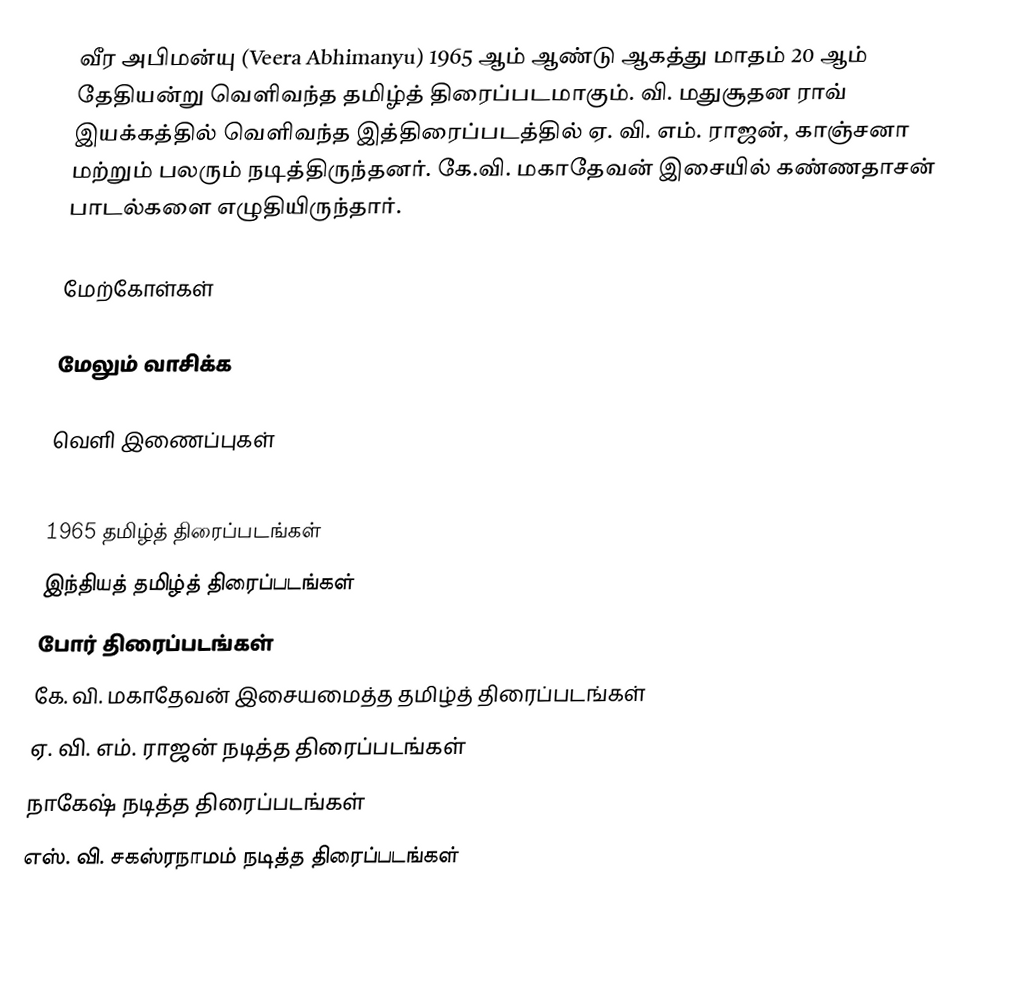
வீர அபிமன்யு (Veera Abhimanyu) 1965 ஆம் ஆண்டு ஆகத்து மாதம் 20 ஆம் தேதியன்று வெளிவந்த தமிழ்த் திரைப்படமாகும்.  வி. மதுசூதன ராவ் இயக்கத்தில் வெளிவந்த இத்திரைப்படத்தில் ஏ. வி. எம். ராஜன், காஞ்சனா மற்றும் பலரும் நடித்திருந்தனர். கே.வி. மகாதேவன் இசையில் கண்ணதாசன் பாடல்களை எழுதியிருந்தார்.

மேற்கோள்கள்

மேலும் வாசிக்க

வெளி இணைப்புகள்

1965 தமிழ்த் திரைப்படங்கள்
இந்தியத் தமிழ்த் திரைப்படங்கள்
போர் திரைப்படங்கள்
கே. வி. மகாதேவன் இசையமைத்த தமிழ்த் திரைப்படங்கள்
ஏ. வி. எம். ராஜன் நடித்த திரைப்படங்கள்
நாகேஷ் நடித்த திரைப்படங்கள்
எஸ். வி. சகஸ்ரநாமம் நடித்த திரைப்படங்கள்